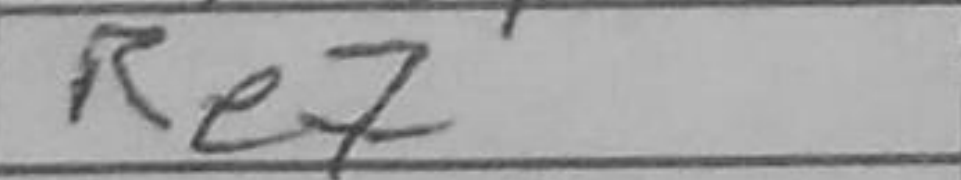
Transcription: Re7